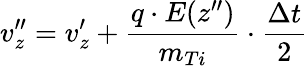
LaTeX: v_{z}^{\prime\prime}=v_{z}^{\prime}+\frac{q\cdot E(z^{\prime\prime})}{m_{Ti}}\cdot\frac{\Delta t}{2}